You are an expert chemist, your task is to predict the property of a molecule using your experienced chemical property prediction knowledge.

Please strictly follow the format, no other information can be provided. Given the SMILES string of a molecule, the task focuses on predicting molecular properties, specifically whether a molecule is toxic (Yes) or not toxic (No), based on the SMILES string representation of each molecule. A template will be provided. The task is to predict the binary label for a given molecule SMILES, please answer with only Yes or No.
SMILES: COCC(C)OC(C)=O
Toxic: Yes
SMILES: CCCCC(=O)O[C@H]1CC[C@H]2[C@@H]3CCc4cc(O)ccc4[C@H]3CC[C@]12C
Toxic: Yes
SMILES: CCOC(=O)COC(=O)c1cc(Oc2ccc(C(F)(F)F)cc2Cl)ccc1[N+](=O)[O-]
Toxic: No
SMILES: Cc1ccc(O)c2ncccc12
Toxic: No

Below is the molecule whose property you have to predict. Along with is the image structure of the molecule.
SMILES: CCC[N+]1(C)CCCCC1.O=S(=O)([N-]S(=O)(=O)C(F)(F)F)C(F)(F)F
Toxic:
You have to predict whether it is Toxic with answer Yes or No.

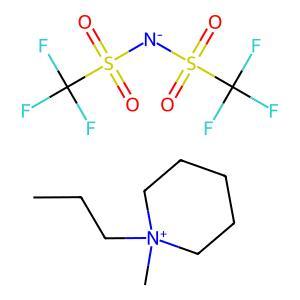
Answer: No